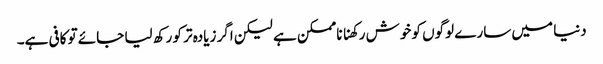
دنیا میں سارے لوگوں کو خوش رکھنا ناممکن ہے لیکن اگر زیادہ تر کو رکھ لیا جائے تو کافی ہے۔